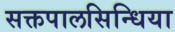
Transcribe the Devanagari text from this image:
सक्तपालसिन्धिया